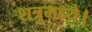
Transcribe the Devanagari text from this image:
शत्रुमध्ये।